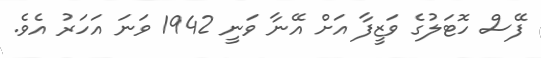
ފޭސް ހޮޓަލުގެ ވަޒީފާ އަށް އޭނާ ވަނީ 1942 ވަނަ އަހަރު އެވެ.